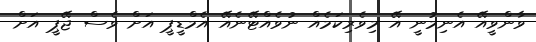
ވާންވީއޭ އެނިމުނީ އޭ މިވެރިކަމެއް ނުވެއްޓޭނެއޭ އެމްޑީޕީ އަށް ވެސް ޖޭޕީ އަށް